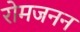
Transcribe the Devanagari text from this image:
रोमजनन